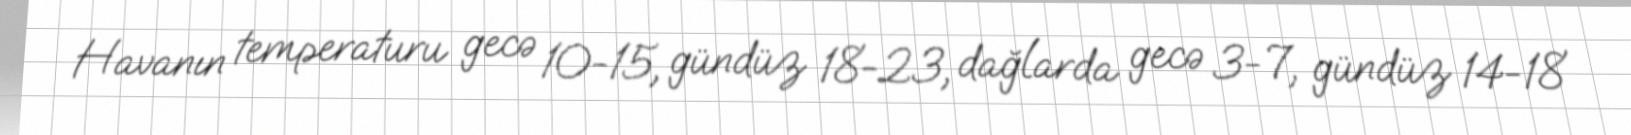
Havanın temperaturu gecə 10-15, gündüz 18-23, dağlarda gecə 3-7, gündüz 14-18